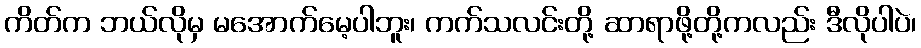
ကိတ်က ဘယ်လိုမှ မအောက်မေ့ပါဘူး၊ ကက်သလင်းတို့ ဆာရာဖို့တို့ကလည်း ဒီလိုပါပဲ၊